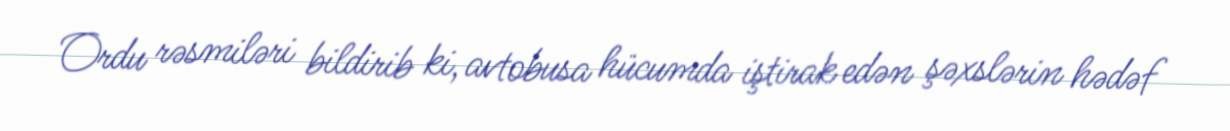
Ordu rəsmiləri bildirib ki, avtobusa hücumda iştirak edən şəxslərin hədəf